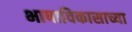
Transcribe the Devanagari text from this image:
भाषाविकासाच्या